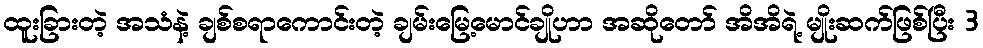
ထူးခြားတဲ့ အသံနဲ့ ချစ်စရာကောင်းတဲ့ ချမ်းမြေ့မောင်ချိုဟာ အဆိုတော် အိအိရဲ့ မျိုးဆက်ဖြစ်ပြီး 3